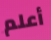
أعلم